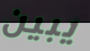
يبين